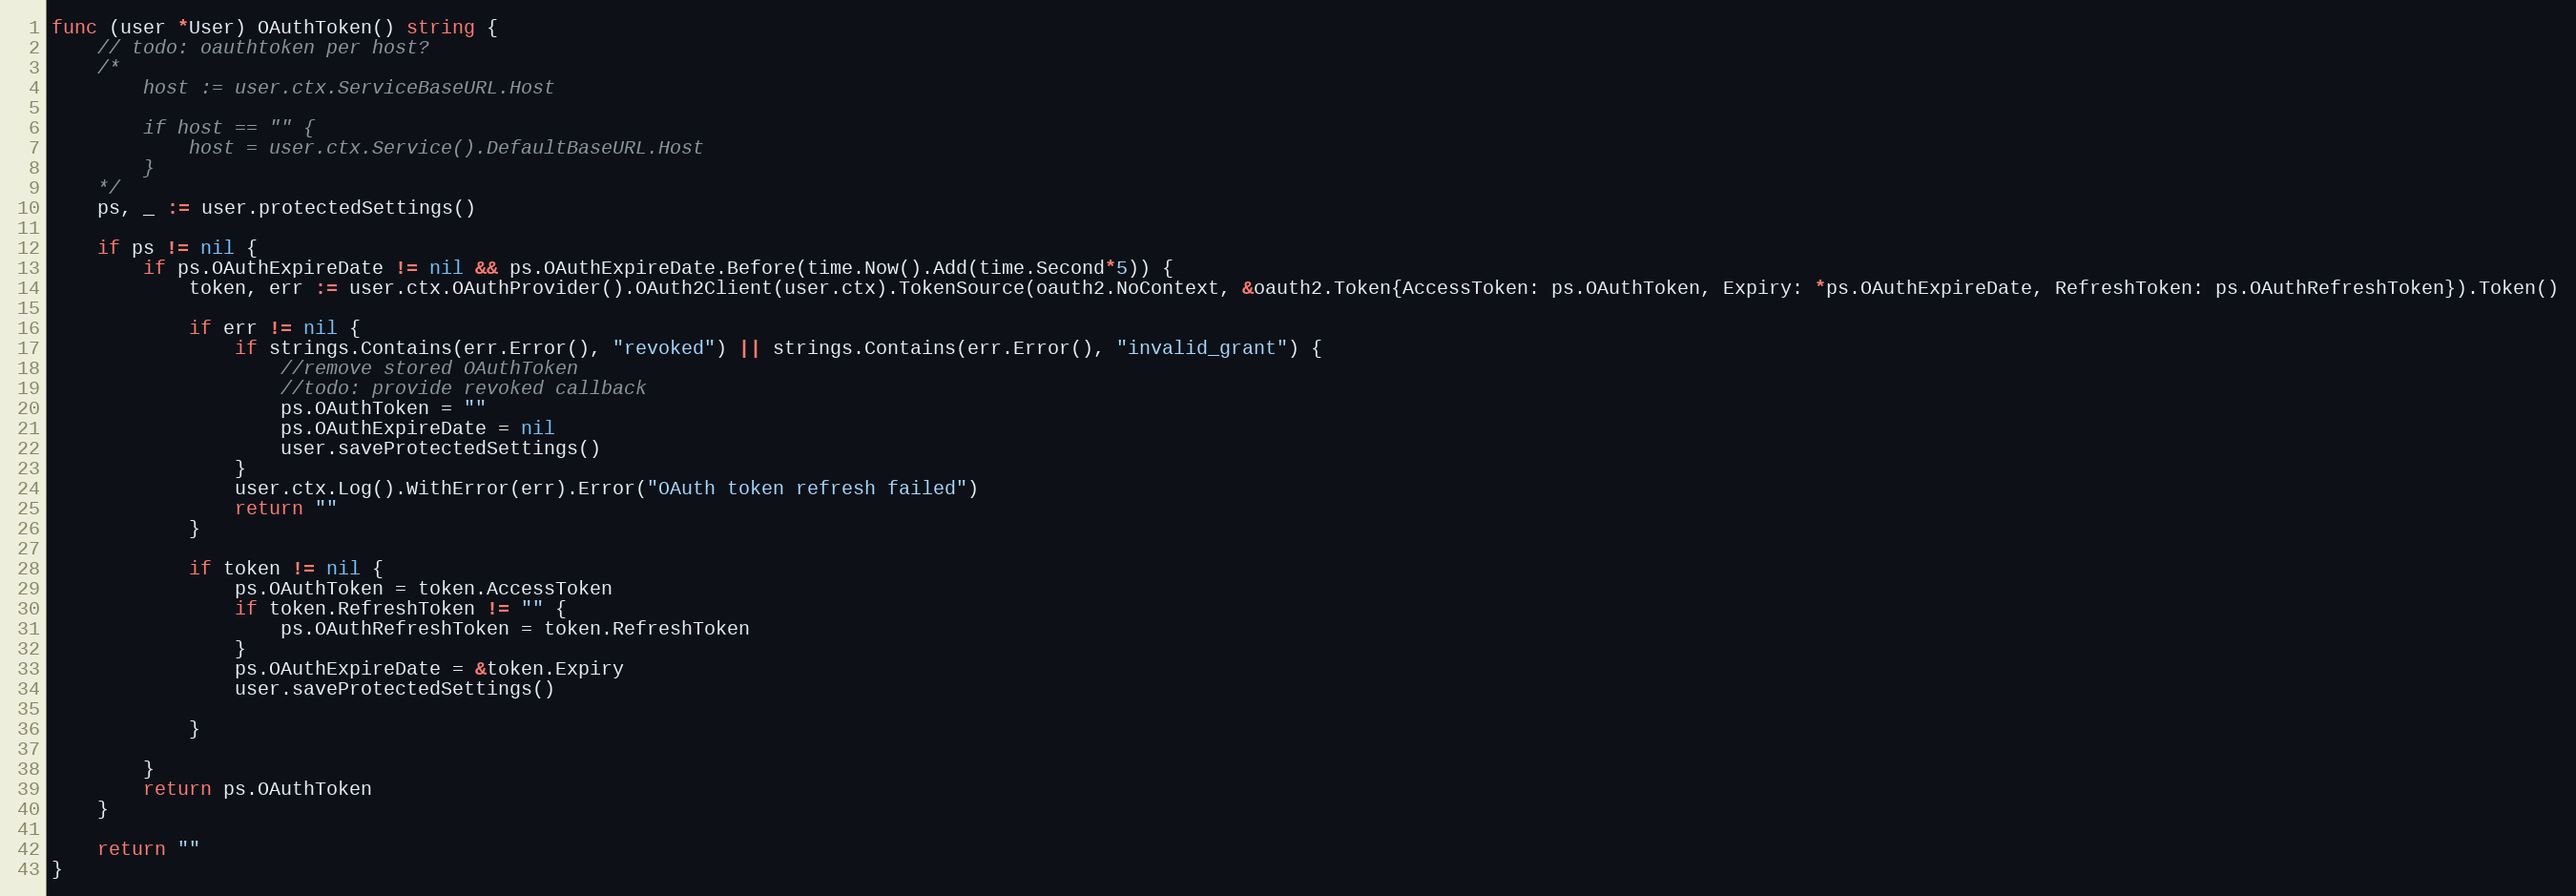
Language: Go
func (user *User) OAuthToken() string {
	// todo: oauthtoken per host?
	/*
		host := user.ctx.ServiceBaseURL.Host

		if host == "" {
			host = user.ctx.Service().DefaultBaseURL.Host
		}
	*/
	ps, _ := user.protectedSettings()

	if ps != nil {
		if ps.OAuthExpireDate != nil && ps.OAuthExpireDate.Before(time.Now().Add(time.Second*5)) {
			token, err := user.ctx.OAuthProvider().OAuth2Client(user.ctx).TokenSource(oauth2.NoContext, &oauth2.Token{AccessToken: ps.OAuthToken, Expiry: *ps.OAuthExpireDate, RefreshToken: ps.OAuthRefreshToken}).Token()

			if err != nil {
				if strings.Contains(err.Error(), "revoked") || strings.Contains(err.Error(), "invalid_grant") {
					//remove stored OAuthToken
					//todo: provide revoked callback
					ps.OAuthToken = ""
					ps.OAuthExpireDate = nil
					user.saveProtectedSettings()
				}
				user.ctx.Log().WithError(err).Error("OAuth token refresh failed")
				return ""
			}

			if token != nil {
				ps.OAuthToken = token.AccessToken
				if token.RefreshToken != "" {
					ps.OAuthRefreshToken = token.RefreshToken
				}
				ps.OAuthExpireDate = &token.Expiry
				user.saveProtectedSettings()

			}

		}
		return ps.OAuthToken
	}

	return ""
}